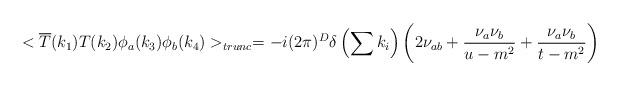
LaTeX: \begin{align*}<\overline{T}(k_{1})T(k_{2})\phi _{a}(k_{3})\phi _{b}(k_{4})>_{trunc}=-i(2\pi )^{D}\delta \left( \sum k_{i}\right) \left( 2\nu _{ab}+\frac{\nu _{a}\nu _{b}}{u-m^{2}}+\frac{\nu _{a}\nu _{b}}{t-m^{2}}\right)\end{align*}